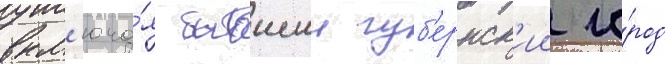
вкл'юча́я бывшии губ'ернск'ии го́род